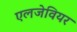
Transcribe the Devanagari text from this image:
एलजेवियर